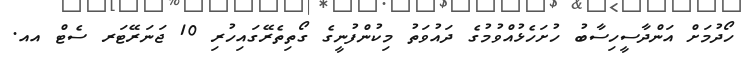
ހޯދުމަށް އަންދާސީހިސާބު ހުށަހެޅުއްވުމުގެ ދައުވަތު މިކުންފުނީގެ ގޯތިތެރޭގައިހުރި 10 ޖަނަރޭޓަރ ސެޓް އއ.